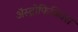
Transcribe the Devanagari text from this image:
अॅस्ट्रोफिजिक्स